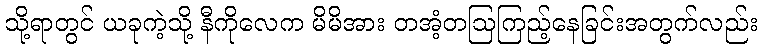
သို့ရာတွင် ယခုကဲ့သို့ နီကိုလေက မိမိအား တအံ့တဩကြည့်နေခြင်းအတွက်လည်း